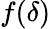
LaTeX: f(\delta)